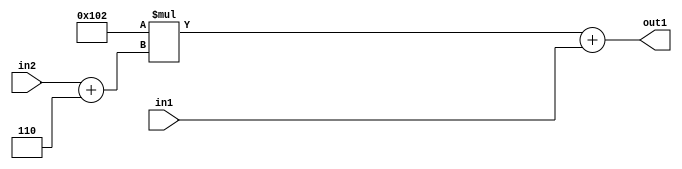
`timescale 1ps / 1ps
/*****************************************************************************
    Verilog RTL Description
    
    
    Created by: Stratus DpOpt 2019.1.01 
*******************************************************************************/

module DC_Filter_Add2u9Mul2i258Add2i6u2_1 (
	in2,
	in1,
	out1
	); /* architecture "behavioural" */ 
input [1:0] in2;
input [8:0] in1;
output [11:0] out1;
wire [11:0] asc001;
wire [3:0] asc002;

assign asc002 = 
	+(in2)
	+(4'B0110);

wire [11:0] asc001_tmp_0;
assign asc001_tmp_0 = 
	+(12'B000100000010 * asc002);
assign asc001 = asc001_tmp_0
	+(in1);

assign out1 = asc001;
endmodule

/* CADENCE  uLnwSQs= : u9/ySgnWtBlWxVPRXgAZ4Og= ** DO NOT EDIT THIS LINE ******/